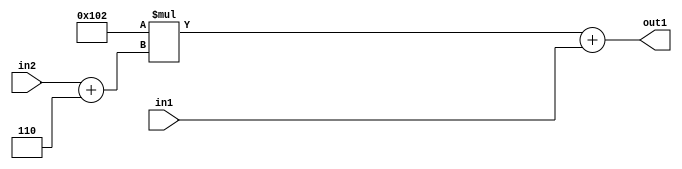
`timescale 1ps / 1ps
/*****************************************************************************
    Verilog RTL Description
    
    
    Created by: Stratus DpOpt 2019.1.01 
*******************************************************************************/

module DC_Filter_Add2u9Mul2i258Add2i6u2_1 (
	in2,
	in1,
	out1
	); /* architecture "behavioural" */ 
input [1:0] in2;
input [8:0] in1;
output [11:0] out1;
wire [11:0] asc001;
wire [3:0] asc002;

assign asc002 = 
	+(in2)
	+(4'B0110);

wire [11:0] asc001_tmp_0;
assign asc001_tmp_0 = 
	+(12'B000100000010 * asc002);
assign asc001 = asc001_tmp_0
	+(in1);

assign out1 = asc001;
endmodule

/* CADENCE  uLnwSQs= : u9/ySgnWtBlWxVPRXgAZ4Og= ** DO NOT EDIT THIS LINE ******/